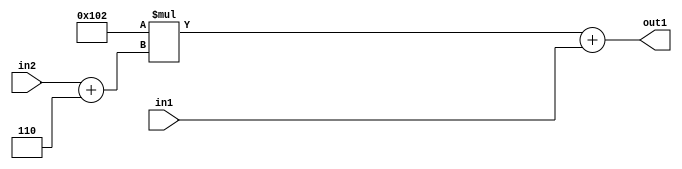
`timescale 1ps / 1ps
/*****************************************************************************
    Verilog RTL Description
    
    
    Created by: Stratus DpOpt 2019.1.01 
*******************************************************************************/

module DC_Filter_Add2u9Mul2i258Add2i6u2_1 (
	in2,
	in1,
	out1
	); /* architecture "behavioural" */ 
input [1:0] in2;
input [8:0] in1;
output [11:0] out1;
wire [11:0] asc001;
wire [3:0] asc002;

assign asc002 = 
	+(in2)
	+(4'B0110);

wire [11:0] asc001_tmp_0;
assign asc001_tmp_0 = 
	+(12'B000100000010 * asc002);
assign asc001 = asc001_tmp_0
	+(in1);

assign out1 = asc001;
endmodule

/* CADENCE  uLnwSQs= : u9/ySgnWtBlWxVPRXgAZ4Og= ** DO NOT EDIT THIS LINE ******/